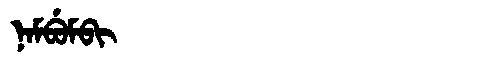
Manchu: ᠨᠠᠮᠪᡠᠮᠪᡳ
Romanization: NAMBUMBI